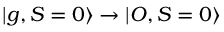
| g , S = 0 \rangle \rightarrow | O , S = 0 \rangle